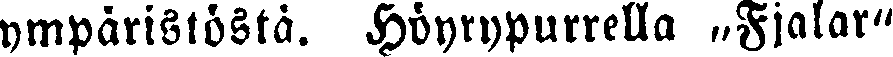
ympäristöstä. Höyrypurrella „Fjalar"